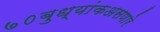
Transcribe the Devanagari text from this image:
७०बुध्यांकअसणारे